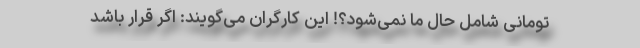
تومانی شامل حال ما نمی‌شود؟! این کارگران می‌گویند: اگر قرار باشد